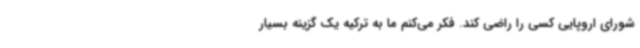
شورای اروپایی کسی را راضی کند. فکر می‌کنم ما به ترکیه یک گزینه بسیار